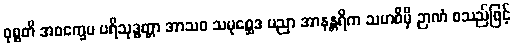
ဝုစ္စတိ အဝက္ခေပ ပရိသုဒ္ဓတ္တာ အာသဝ သမုစ္ဆေဒ ပညာ အာနန္တရိက သမာဓိမှိ ဉာဏံ စသည်ဖြင့်